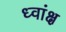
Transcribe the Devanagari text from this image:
ध्वांक्ष